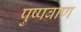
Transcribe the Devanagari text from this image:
पुष्पबाण